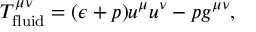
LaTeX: T _ { \mathrm { f l u i d } } ^ { \mu \nu } = ( \epsilon + p ) u ^ { \mu } u ^ { \nu } - p g ^ { \mu \nu } ,